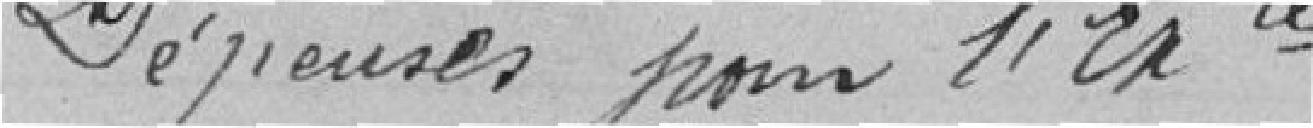
Dépenses pour l'Exercice